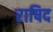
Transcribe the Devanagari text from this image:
राषिद